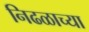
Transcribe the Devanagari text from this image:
निढळाच्या